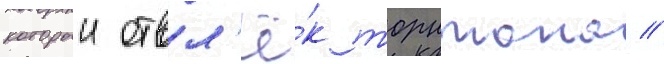
которыи отвл'ё́к торнтона //